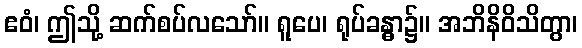
ဧဝံ၊ ဤသို့ ဆက်စပ်လသော်။ ရူပေ၊ ရုပ်ခန္ဓာ၌။ အဘိနိဝိသိတွာ၊